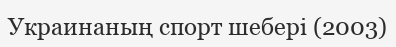
Украинаның спорт шебері (2003)